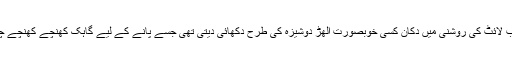
مرکیوری ٹیوب لائٹ کی روشنی میں دُکان کسی خوبصورت الھڑ دوشیزہ کی طرح دکھائی دیتی تھی جسے پانے کے لیے گاہک کھنچے کھنچے چلے آتے تھے۔